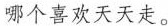
哪个喜欢天天走。